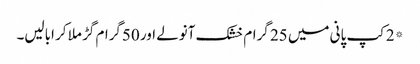
*2کپ پانی میں 25 گرام خشک آنولے اور 50گرام گڑ ملا کر ابالیں۔